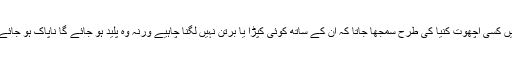
جنہیں کسی اچھوت کنیا کی طرح سمجھا جاتا کہ ان کے ساتھ کوئی کپڑا یا برتن نہیں لگنا چاہیے ورنہ وہ پلید ہو جائے گا ناپاک ہو جائے گا۔